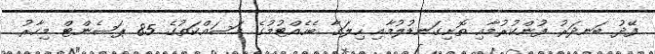
ފޭދު ބަނދަރު ފުންކުރުމާއި ތޮށިގަނޑުލުމާއި ހިލަގާ ބެހެއްޓުމުގެ މަސައްކަތުގެ 85 ޕަސެންޓް މިހާރު